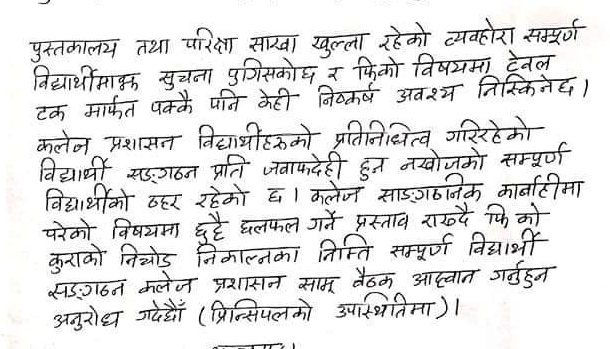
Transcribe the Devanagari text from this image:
पुस्तकालय तथा परिक्षा सारखा खुल्ला रहेको व्यवहोरा सम्पूर्ण
विद्यार्थीमाझ सुचना पुगिसकोछ र फिको विषयमा ट्रेवल
टक मार्फत पक्कै पनि केही निष्कर्ष अवश्य निस्किनेछ।
कलेन प्रशासन विद्यार्थीहरुको प्रतिनिधित्व गरिरहेको
विद्यार्थी सङ्‌गठन प्रति जवाफदेही हुन नखोजको सम्पूर्ण
विद्यार्थीको ठहर रहेको छ । कलेज साङ्‌गठनिक कार्बाहीमा
परेको विषयमा छुट्टै छलफल गर्ने प्रस्ताव राख्दै फि को
कुराको निचोड निकाल्नका निम्ति सम्पूर्ण विद्यार्थी
सङ्‌गठन कलेज प्रशासन सामू बैठक आह्वान गर्नुहुन
अनुरोध गर्दछौँ (प्रिन्सिपलको उपस्थितिमा)।